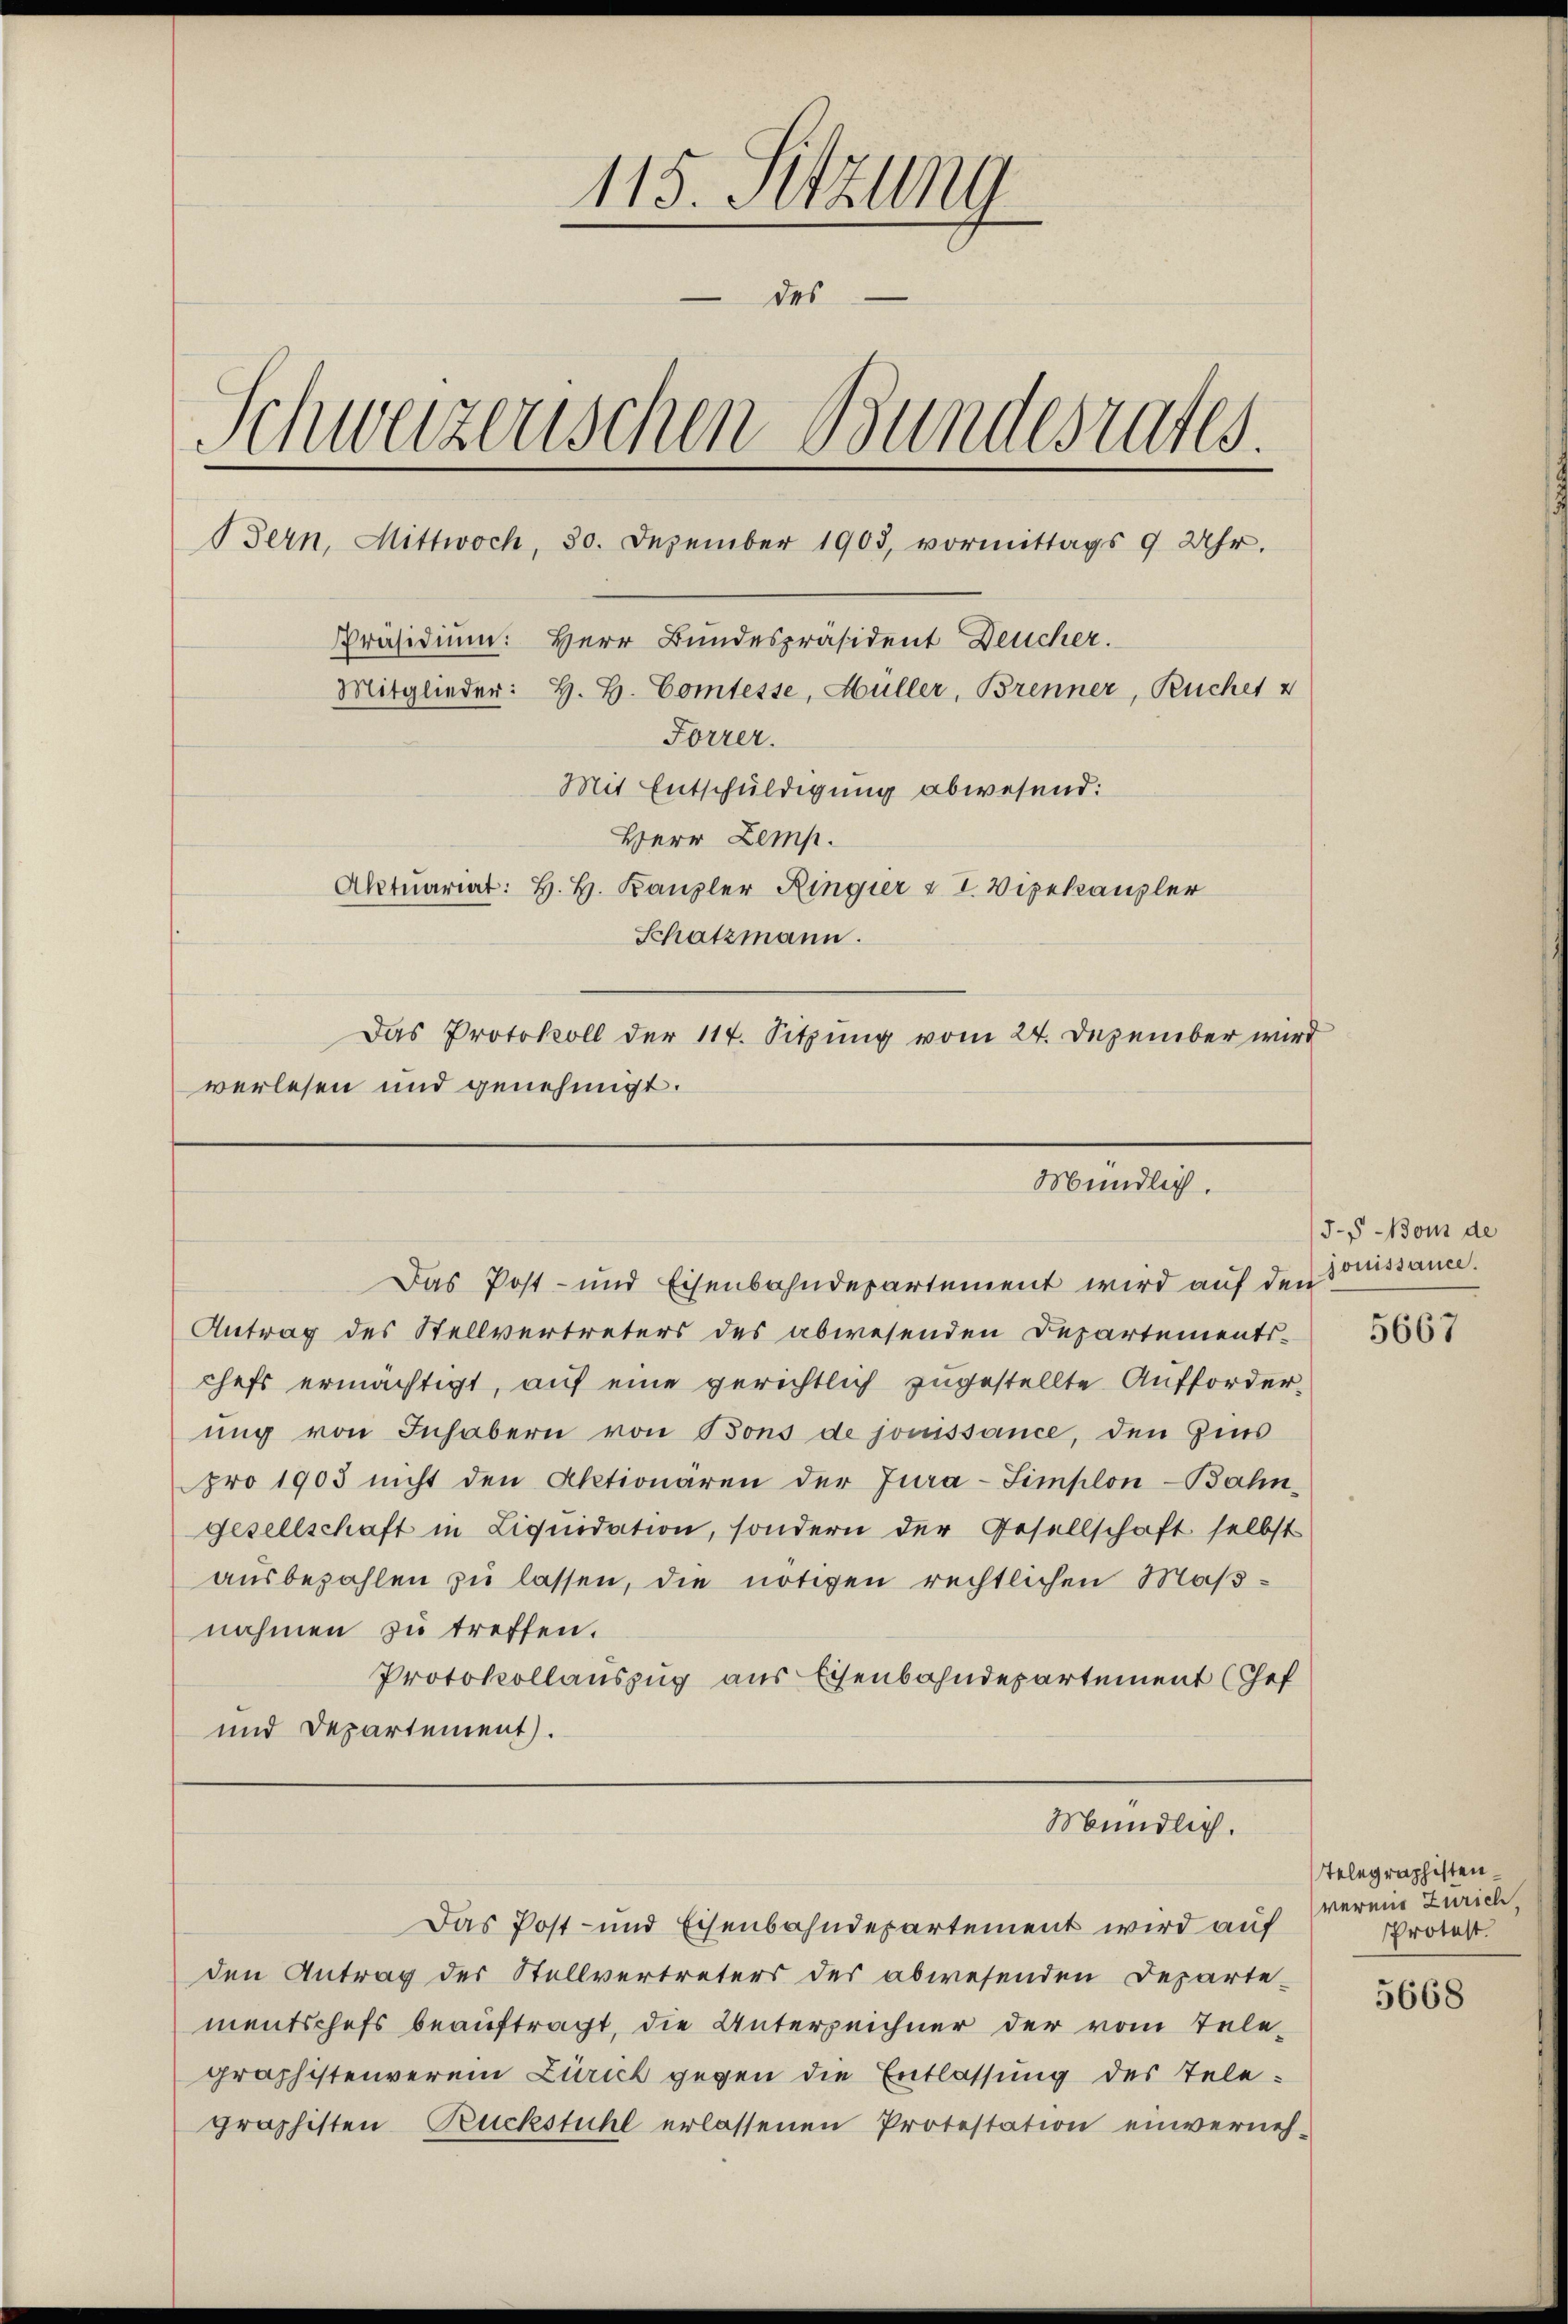
115. Sitzung
 des
Schweizerischen Bundesrates.
Bern, Mittwoch, 30. Dezember 1903, vormittags 9 Uhr.
Präsidium: Herr Bundespräsident Deucher.
Mitglieder: H. B. Comtesse, Hüller, Brenner, Rucher v
Forrer.
Mit Entschuldigung abwesend:
Herr Zemp.
Aktuariat: H. H. Kanzler Ringier u T. Vizekanzler
Schatzmann.

Das Protokoll der 117. Sitzung vom 24. Dezember wird
verlesen und genehmigt.
Mündlich.

Mündlich.

Das Post- und Eisenbahndepartement wird auf den
Antrag des Stellvertreters des abwesenden Departements-
chefs ermächtigt, auf eine gerichtlich zugestellte Aufforderung von Inhabern von Bons de jouissance, den Zins
pro 1903 nicht den Aktionären der Jura-Simplon-Bahn-
Gesellschaft in Liquidation, sondern der Gesellschaft selbst
aŭsbezahlen zŭ lassen, die nötigen rechtlichen Maßnahmen zu treffen.
Protokollauszug aus Eisenbahndepartement (Chef
und Departement.

Das Post- und Eisenbahndepartement wird auf
den Antrag der Stellvertreters des abwesenden Departe-
mentschefs beauftragt, die Unterzeichner der vom Telegraphistenverein Zürich gegen die Entlassung des Telegraphisten Ruckstuhl erlassenen Protestation einverneh¬

J. Bons de
ouissance.

5667

Telegraphisten
vermit Zürich.
Protest.

5668